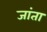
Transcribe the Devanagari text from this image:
जांता